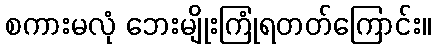
စကားမလုံ ဘေးမျိုးကြုံရတတ်ကြောင်း။